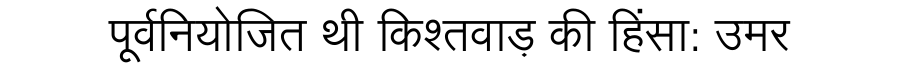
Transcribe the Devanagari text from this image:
पूर्वनियोजित थी किश्तवाड़ की हिंसा: उमर